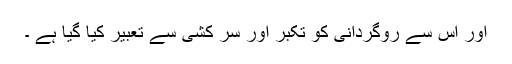
اور اس سے روگردانی کو تکبر اور سر کشی سے تعبیر کیا گیا ہے ۔